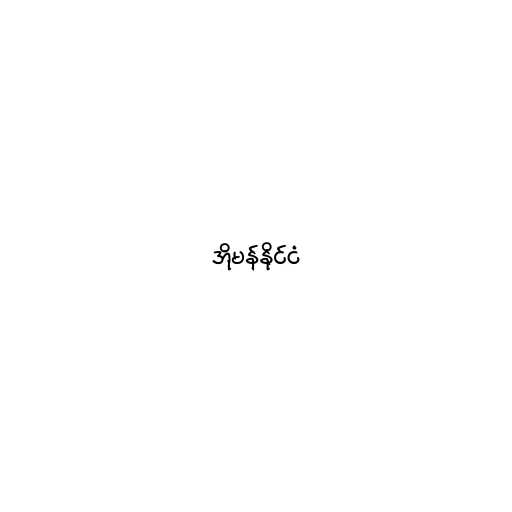
အိုမန်နိုင်ငံ